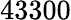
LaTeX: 43300